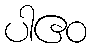
ပါဧဝ